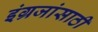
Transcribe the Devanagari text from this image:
इंग्रजांसाठी